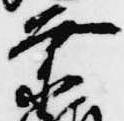
業